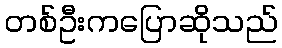
တစ်ဦးကပြောဆိုသည်